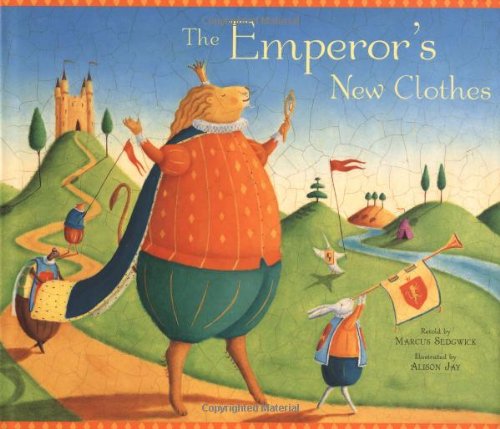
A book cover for The Emperor's New Clothes; Children's Books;